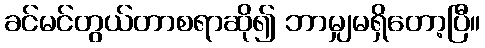
ခင်မင်တွယ်တာစရာဆို၍ ဘာမျှမရှိတော့ပြီ။